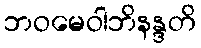
ဘဝမေဝါဘိနန္ဒတိ